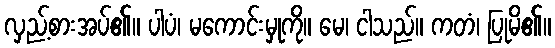
လှည့်စားအပ်၏။ ပါပံ၊ မကောင်းမှုကို။ မေ၊ ငါသည်။ ကတံ၊ ပြုမိ၏။